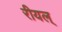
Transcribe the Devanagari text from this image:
रीयल्